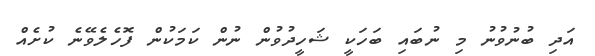
އަދި ބުނުވުނު މި ނުބައި ބަހަކީ ޝަހީދުވުން ނުން ކަމަކުން ފޮހެލެވޭނެ ކުށެއް